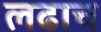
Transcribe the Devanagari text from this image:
लढाच